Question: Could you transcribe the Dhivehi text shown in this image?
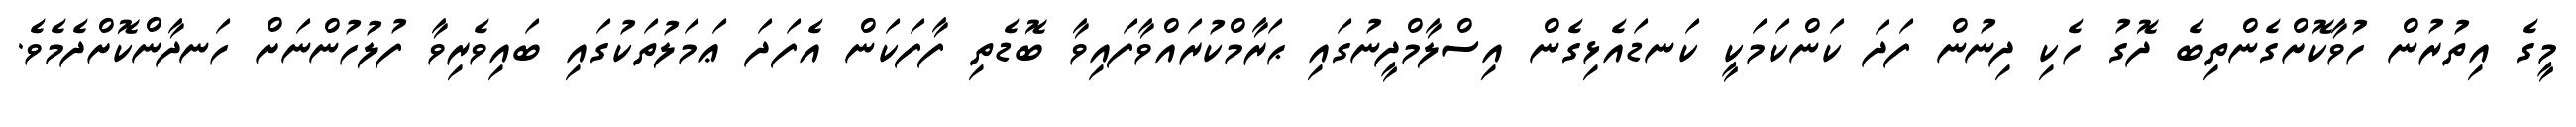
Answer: މީގެ އިތުރުން ހުވާކޮށްގެންތިބެ ދޮގު ހެކި ދިނުން ފަދަ ކަންކަމަކީ ކަނޑައެޅިގެން އިސްލާމްދީނުގައި ޙަރާމްކުރައްވާފައިވާ ބޮޑެތި ފާފަކަން އެފަދަ ޢަމަލުތަކުގައި ބައިވެރިވާ ފުލުހުންނަށް ހަނދާންކޮށްދެމެވެ.